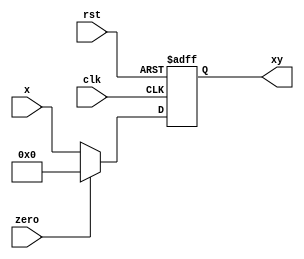
module regXY # (
    parameter WIDTH = 10
)(
    input clk, rst,
    input zero,
    input [WIDTH-1:0] x,
    output reg [WIDTH-1:0] xy
);

    always @(posedge clk, posedge rst) begin
        if (rst) xy <= 0;
        else if (zero) xy <= 0;
        else xy <= x;
    end
    
endmodule